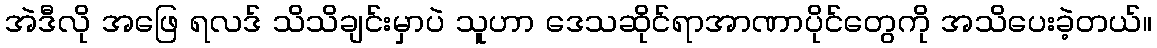
အဲဒီလို အဖြေ ရလဒ် သိသိချင်းမှာပဲ သူဟာ ဒေသဆိုင်ရာအာဏာပိုင်တွေကို အသိပေးခဲ့တယ်။